Report of the Indian Hemp Drugs Commission, 1894-1895 - Volume VI
Year: 1894
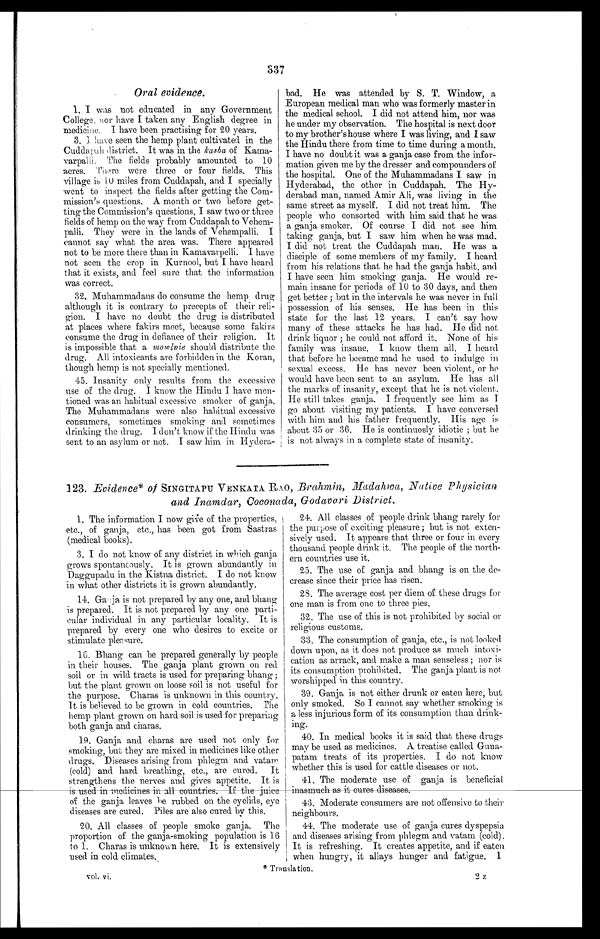
337
Oral evidence.
1. I was not educated in any Government
College. nor have I taken any English degree in
medicine. I have been practising for 20 years.
3. I have seen the hemp plant cultivated in the
Cuddapah district. It was in the kasba of Kama-
varpalli, The fields probably amounted to 10
acres. There were three or four fields. This
is 10 miles from Cuddapah, and I specially
went to inspect the fields after getting the Com-
mission's questions. A month or two before get-
ting the Commission's questions, I saw two or three
fields of hemp on the way from Cuddapah to Vehem-
palli. They were in the lands of Vehempalli. I
cannot say what the area was. There appeared
not to be more there than in Kamavarpelli. I have
not seen the crop in Kurnool, but I have heard
that it exists, and feel sure that the information
was correct.
32. Muhammadans do consume the hemp drug
although it is contrary to precepts of their reli-
gion. I have no doubt the drug is distributed
at places where fakirs meet, because some fakirs
consume the drug in defiance of their religion. It
is impossible that a mowlvie should distribute the
drug. All intoxicants are forbidden in the Koran,
though hemp is not specially mentioned.
45. Insanity only results from the excessive
use of the drug. I know the Hindu I have men-
tioned was an habitual excessive smoker of ganja.
The Muhammadans were also habitual excessive
consumers, sometimes smoking and sometimes
drinking the drug. I don't know if the Hindu was
sent to an asylum or not. I saw him in Hydera-
bad. He was attended by S. T. Window, a
European medical man who was formerly master in
the medical school. I did not attend him, nor was
he under my observation. The hospital is next door
to my brother's house where I was living, and I saw
the Hindu there from time to time during a month.
I have no doubt it was a ganja case from the infor-
mation given me by the dresser and compounders of
the hospital. One of the Muhammadans I saw in
Hyderabad, the other in Cuddapah. The Hy-
derabad man, named Amir Ali, was living in the
same street as myself. I did not treat him. The
people who consorted with him said that he was
a ganja smoker. Of course I did not see him
taking ganja, but I saw him when he was mad.
I did not treat the Cuddapah man. He was a
disciple of some members of my family. I heard
from his relations that he had the ganja habit, and
I have seen him smoking ganja. He would re-
main insane for periods of 10 to 30 days, and then
get better ; but in the intervals he was never in full
possession of his senses. He has been in this
state for the last 12 years. I can't say how
many of these attacks he has had. He did not
drink liquor ; he could not afford it. None of his
family was insane. I know them all. I heard
that before he became mad he used to indulge in
sexual excess. He has never been violent, or he
would have been sent to an asylum. He has all
the marks of insanity, except that he is not violent.
He still takes ganja. I frequently see him as I
go about visiting my patients. I have conversed
with him and his father frequently. His age is
about 35 or 36. He is continuosly idiotic ; but he
is not always in a complete state of insanity.
123. Evidence* of SINGITAPU VENKATA RAO, Brahmin, Madahwa, Native Physician
and Inamdar, Coconada, Godavari District.
1. The information I now give of the properties,
etc., of ganja, etc., has been got from Sastras
(medical books).
3. I do not know of any district in which ganja
grows spontaneously. It is grown abundantly in
Daggupadu in the Kistna district. I do not know
in what other districts it is grown abundantly.
14. Ganja is not prepared by any one, and bhang
is prepared. It is not prepared by any one parti-
cular individual in any particular locality. It is
prepared by every one who desires to excite or
stimulate pleasure.
16. Bhang can be prepared generally by people
in their houses. The ganja plant grown on red
soil or in wild tracts is used for preparing bhang ;
but the plant grown on loose soil is not useful for
the purpose. Charas is unknown in this country.
It is believed to be grown in cold countries. The
hemp plant grown on hard soil is used for preparing
both ganja and charas.
19. Ganja and charas are used not only for
smoking, but they are mixed in medicines like other
drugs. Diseases arising from phlegm and vatam
(cold) and hard breathing, etc., are cured. It
strengthens the nerves and gives appetite. It is
is used in medicines in all countries. If the juice
of the ganja leaves he rubbed on the eyelids, eye
diseases are cured. Piles are also cured by this.
20. All classes of people smoke ganja. The
proportion of the ganja-smoking population is 16
to 1. Charas is unknown here. It is extensively
used in cold climates.
24. All classes of people drink bhang rarely for
the purpose of exciting pleasure ; but is not exten-
sively used. It appears that three or four in every
thousand people drink it. The people of the north-
ern countries use it.
25. The use of ganja and bhang is on the de-
crease since their price has risen.
28. The average cost per diem of these drugs for
one man is from one to three pies.
32. The use of this is not prohibited by social or
religious customs.
33. The consumption of ganja, etc., is not looked
down upon, as it does not produce as much intoxi-
cation as arrack, and. make a man senseless ; nor is
its consumption prohibited. The ganja plant is not
worshipped in this country.
39. Ganja is not either drunk or eaten here, but
only smoked. So I cannot say whether smoking is
a less injurious form of its consumption than drink-
ing.
40. In medical books it is said that these drugs
may be used as medicines. A treatise called Guna-
patam treats of its properties. I do not know
whether this is used for cattle diseases or not.
41. The moderate use of ganja is beneficial
inasmuch as it cures diseases.
43. Moderate consumers are not offensive to their
neighbours.
44. The moderate use of ganja cures dyspepsia,
and diseases arising from phlegm and vatam (cold).
It is refreshing. It creates appetite, and if eaten
when hungry, it allays hunger and fatigue. I
vol. vi.
2 z